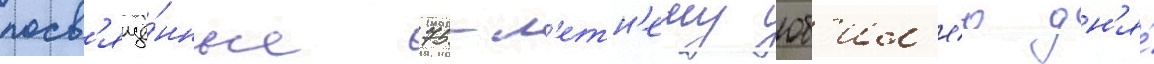
посв'ящё́нные 75-л'етн'ему юб'ил'е́ю дн'я́